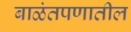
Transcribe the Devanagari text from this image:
बाळंतपणातील